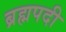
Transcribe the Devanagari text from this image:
ब्रह्मपदी